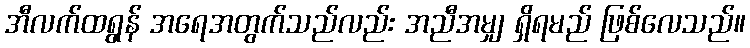
အီလက်ထရွန် အရေအတွက်သည်လည်း အညီအမျှ ရှိရမည် ဖြစ်လေသည်။